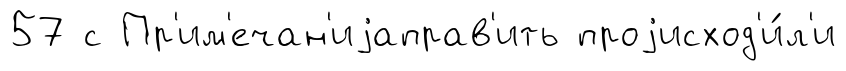
57 с Пр'им'ечан'иjаправ'ить проjисход'и́л'и